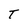
Character: T